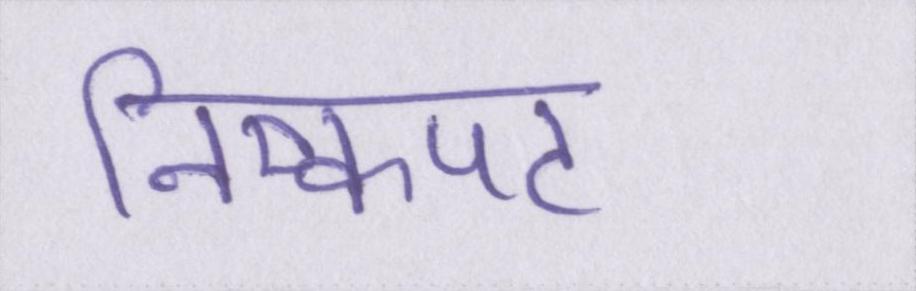
निष्कपट